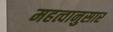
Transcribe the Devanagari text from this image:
महत्वानुसार